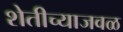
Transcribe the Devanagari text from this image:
शेतीच्याजवळ